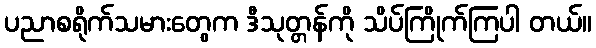
ပညာစရိုက်သမားတွေက ဒီသုတ္တန်ကို သိပ်ကြိုက်ကြပါ တယ်။